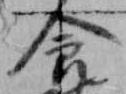
食